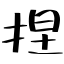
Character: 捏